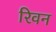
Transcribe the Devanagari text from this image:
रिवन